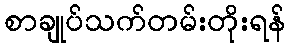
စာချုပ်သက်တမ်းတိုးရန်